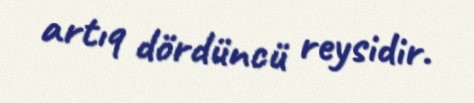
artıq dördüncü reysidir.